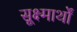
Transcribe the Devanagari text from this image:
सूक्ष्मार्थों